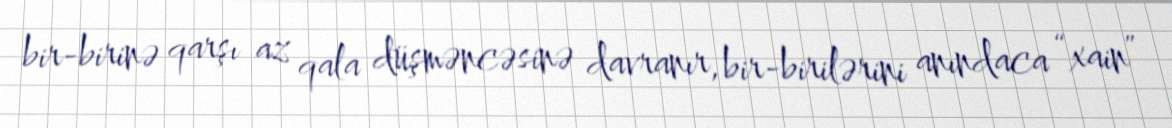
bir-birinə qarşı az qala düşməncəsinə davranır, bir-birilərini anındaca “xain”